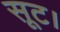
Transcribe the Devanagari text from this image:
सूट।